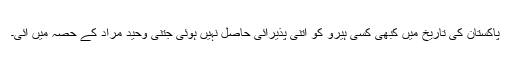
پاکستان کی تاریخ میں کبھی کسی ہیرو کو اتنی پذیرائی حاصل نہیں ہوئی جتنی وحید مراد کے حصہ میں آئی۔